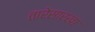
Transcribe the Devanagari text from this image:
तारेसारखा